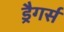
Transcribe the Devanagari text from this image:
ड्रैगर्स